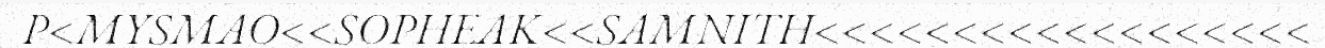
P<MYSMAO<<SOPHEAK<<SAMNITH<<<<<<<<<<<<<<<<<<